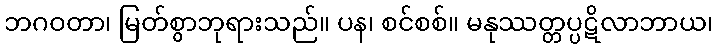
ဘဂဝတာ၊ မြတ်စွာဘုရားသည်။ ပန၊ စင်စစ်။ မနုဿတ္တပ္ပဋိလာဘာယ၊